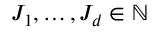
J _ { 1 } , \dots , J _ { d } \in \mathbb { N }